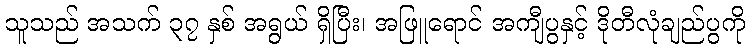
သူသည် အသက် ၃၇ နှစ် အရွယ် ရှိပြီး၊ အဖြူရောင် အကျီပွနှင့် ဒိုတီလုံချည်ပွကို